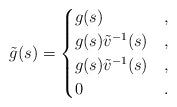
LaTeX: \begin{gather*}\tilde{g}(s) = \begin{cases}g(s) & ,\\g(s) \tilde{v}^{-1}(s) & ,\\g(s) \tilde{v}^{-1}(s)& ,\\0 & .\end{cases}\end{gather*}